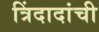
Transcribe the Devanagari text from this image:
त्रिंदादांची